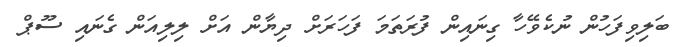
ބަލިވިފަހުން ނުކެވޭހާ ގިނައިން ފުރަތަމަ ފަހަރަށް ދިޔާން އަށް ލިލިއަން ގެނައި ސޫޕް